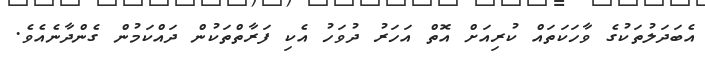
އެބަދަލުތަކުގެ ވާހަކަތައް ކުރިއަށް އޮތް އަހަރު ދުވަހު އެކި ފަރާތްތަކުން ދައްކަމުން ގެންދާނެއެވެ.